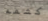
كشفه